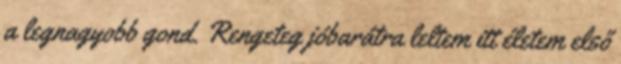
a legnagyobb gond. Rengeteg jóbarátra leltem itt életem első